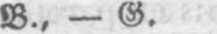
B., - G.